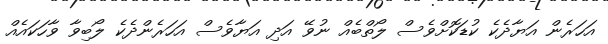
އަހަރެން އަޔާދެކެ ކުޑަކޮށްވެސް ލޯތްބެއް ނުވޭ އަދި އަޔާވެސް އަހަރެންދެކެ ލޯބިވާ ވާހަކައެއް